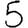
Digit: 5